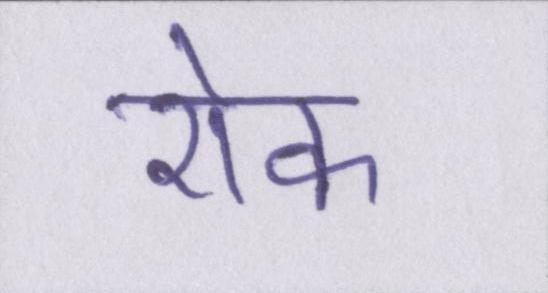
रॊक